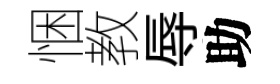
悃教辱助